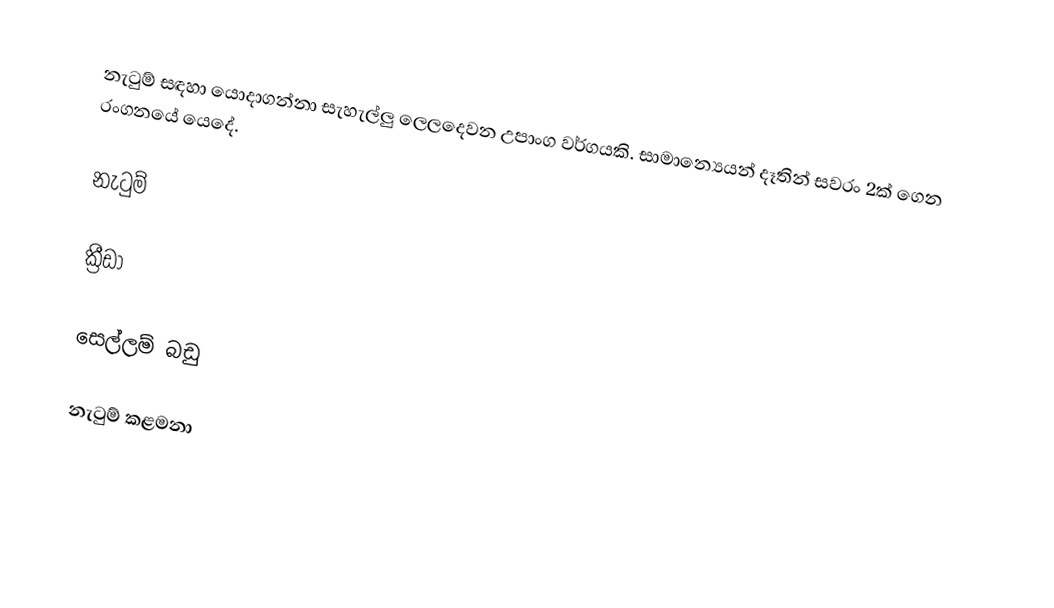
නැටුම් සඳහා යොදාගන්නා සැහැල්ලු ලෙලදෙවන උපාංග වර්ගයකි. සාමාන්‍යෙයන් දෑතින් සවරං 2ක් ගෙන රංගනයේ යෙදේ.

නැටුම්

ක්‍රීඩා

සෙල්ලම් බඩු

නැටුම් කළමනා